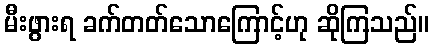
မီးဖွားရ ခက်တတ်သောကြောင့်ဟု ဆိုကြသည်။